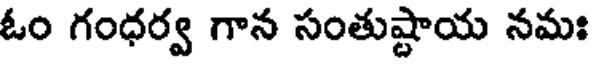
ఓం గంధర్వ గాన సంతుష్టాయ నమః